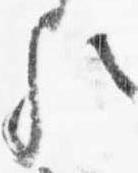
歟